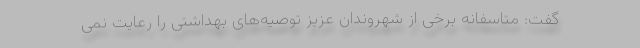
گفت: متاسفانه برخی از شهروندان عزیز توصیه‌های بهداشتی را رعایت نمی